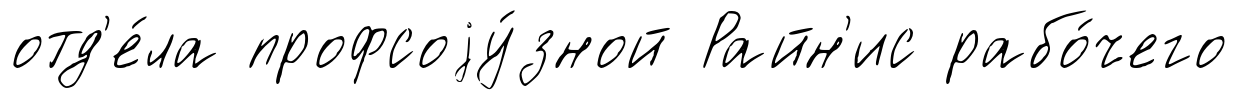
отд'е́ла профсоjу́зной Райн'ис рабо́чего